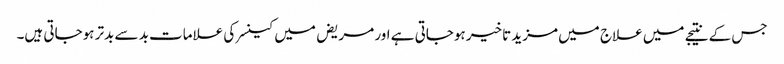
جس کے نتیجے میں علاج میں مزید تاخیر ہوجاتی ہے اور مریض میں کینسر کی علامات بد سے بدتر ہوجاتی ہیں۔